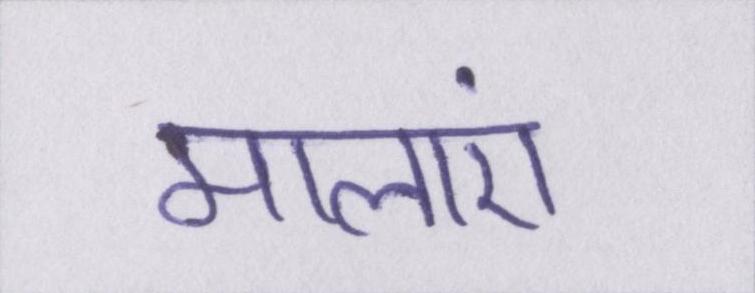
मालाएं